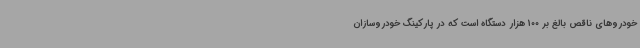
خودروهای ناقص بالغ بر 100 هزار دستگاه است که در پارکینگ خودروسازان